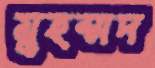
মুহম্মদ